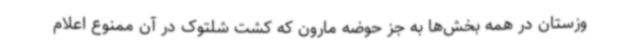
وزستان در همه بخش‌ها به جز حوضه مارون که کشت شلتوک در آن ممنوع اعلام